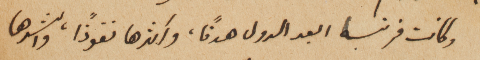
وكانت فرنسا ابعد الدول هدفاً، واكثرها نفوذاً واكثرها نفوذاً، واشدها